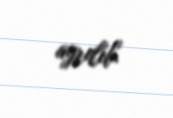
ayrılıb.